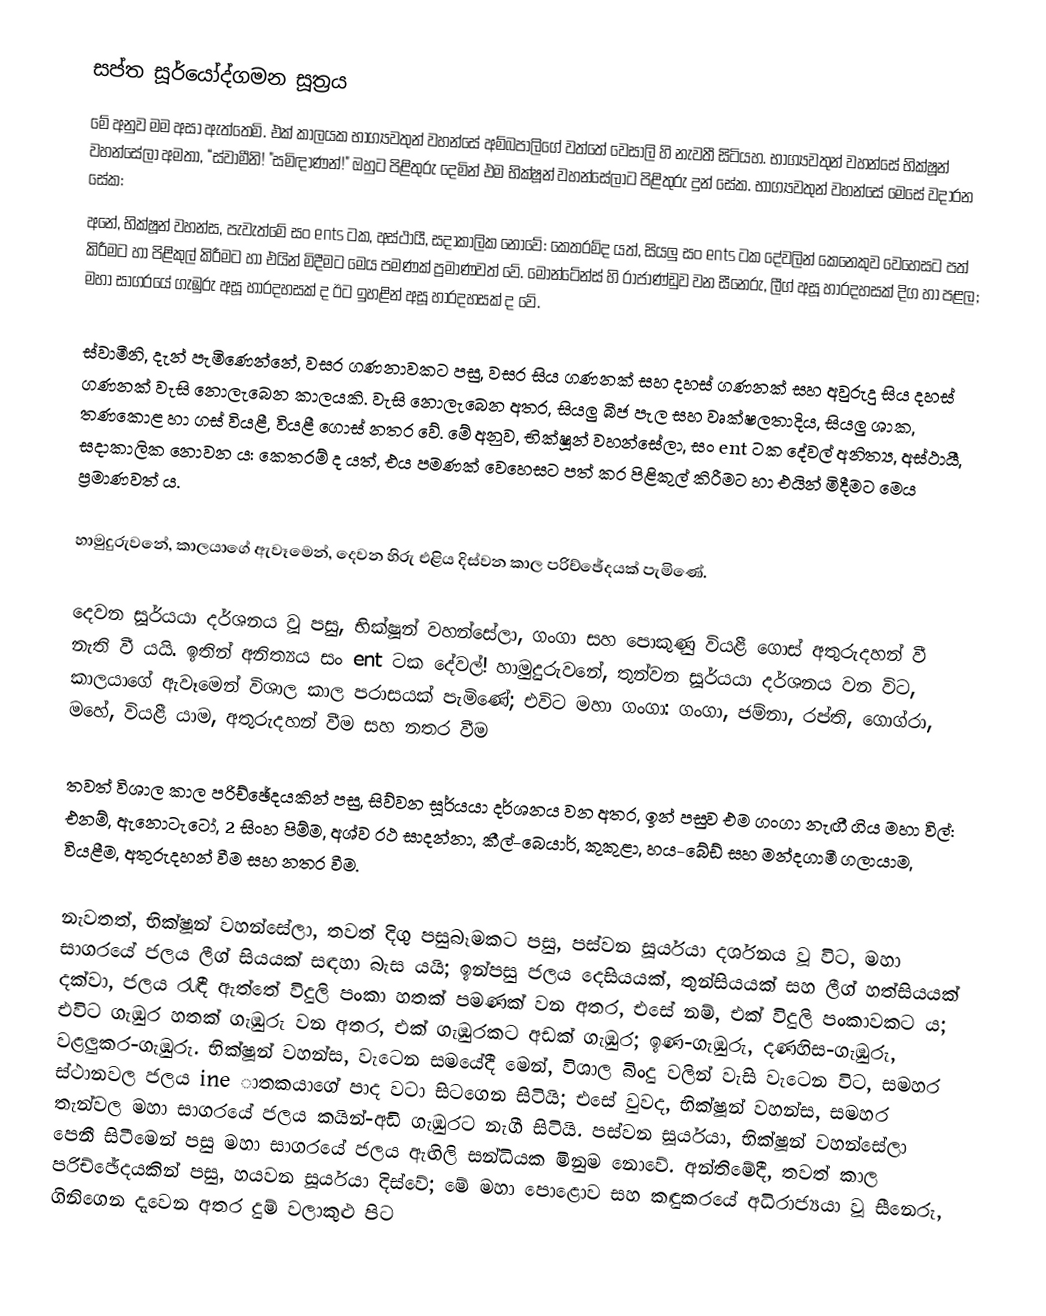
සප්ත සූර්යෝද්ගමන සූත්‍රය
මේ අනුව මම අසා ඇත්තෙමි.  එක් කාලයක භාග්‍යවතුන් වහන්සේ අම්බපාලිගේ වත්තේ වෙසාලි හි නැවතී සිටියහ.  භාග්‍යවතුන් වහන්සේ භික්ෂූන් වහන්සේලා අමතා, “ස්වාමීනි!  "සමිඳාණන්!"  ඔහුට පිළිතුරු දෙමින් එම භික්ෂූන් වහන්සේලාට පිළිතුරු දුන් සේක.  භාග්‍යවතුන් වහන්සේ මෙසේ වදාරන සේක:
අනේ, භික්ෂූන් වහන්ස, පැවැත්මේ සං ents ටක, අස්ථායී, සදාකාලික නොවේ: කෙතරම්ද යත්, සියලු සං ents ටක දේවලින් කෙනෙකුව වෙහෙසට පත් කිරීමට හා පිළිකුල් කිරීමට හා එයින් මිදීමට මෙය පමණක් ප්‍රමාණවත් වේ.  මොන්ටේන්ස් හි රාජාණ්ඩුව වන සීනෙරු, ලීග් අසූ හාරදහසක් දිග හා පළල;  මහා සාගරයේ ගැඹුරු අසූ හාරදහසක් ද ඊට ඉහළින් අසූ හාරදහසක් ද වේ.

ස්වාමීනි, දැන් පැමිණෙන්නේ, වසර ගණනාවකට පසු, වසර සිය ගණනක් සහ දහස් ගණනක් සහ අවුරුදු සිය දහස් ගණනක් වැසි නොලැබෙන කාලයකි.  වැසි නොලැබෙන අතර, සියලු බීජ පැල සහ වෘක්ෂලතාදිය, සියලු ශාක, තණකොළ හා ගස් වියළී, වියළී ගොස් නතර වේ.  මේ අනුව, භික්ෂූන් වහන්සේලා, සං ent ටක දේවල් අනිත්‍ය, අස්ථායී, සදාකාලික නොවන ය: කෙතරම් ද යත්, එය පමණක් වෙහෙසට පත් කර පිළිකුල් කිරීමට හා එයින් මිදීමට මෙය ප්‍රමාණවත් ය.

හාමුදුරුවනේ, කාලයාගේ ඇවෑමෙන්, දෙවන හිරු එළිය දිස්වන කාල පරිච්ඡේදයක් පැමිණේ.

දෙවන සූර්යයා දර්ශනය වූ පසු, භික්ෂූන් වහන්සේලා, ගංගා සහ පොකුණු වියළී ගොස් අතුරුදහන් වී නැති වී යයි.  ඉතින් අනිත්‍යය සං ent ටක දේවල්!  හාමුදුරුවනේ, තුන්වන සූර්යයා දර්ශනය වන විට, කාලයාගේ ඇවෑමෙන් විශාල කාල පරාසයක් පැමිණේ;  එවිට මහා ගංගා: ගංගා, ජම්නා, රප්ති, ගොග්රා, මහේ, වියළී යාම, අතුරුදහන් වීම සහ නතර වීම

තවත් විශාල කාල පරිච්ඡේදයකින් පසු, සිව්වන සූර්යයා දර්ශනය වන අතර, ඉන් පසුව එම ගංගා නැඟී ගිය මහා විල්: එනම්, ඇනොටැටෝ, 2 සිංහ පිම්ම, අශ්ව රථ සාදන්නා, කීල්-බෙයාර්, කුකුළා, හය-බේඩ් සහ  මන්දගාමී ගලායාම, වියළීම, අතුරුදහන් වීම සහ නතර වීම.

නැවතත්, භික්ෂූන් වහන්සේලා, තවත් දිගු පසුබෑමකට පසු, පස්වන සූර්යයා දර්ශනය වූ විට, මහා සාගරයේ ජලය ලීග් සියයක් සඳහා බැස යයි;  ඉන්පසු ජලය දෙසියයක්, තුන්සියයක් සහ ලීග් හත්සියයක් දක්වා, ජලය රැඳී ඇත්තේ විදුලි පංකා හතක් පමණක් වන අතර, එසේ නම්, එක් විදුලි පංකාවකට ය;  එවිට ගැඹුර හතක් ගැඹුරු වන අතර, එක් ගැඹුරකට අඩක් ගැඹුර;  ඉණ-ගැඹුරු, දණහිස-ගැඹුරු, වළලුකර-ගැඹුරු.  භික්ෂූන් වහන්ස, වැටෙන සමයේදී මෙන්, විශාල බිංදු වලින් වැසි වැටෙන විට, සමහර ස්ථානවල ජලය ine ාතකයාගේ පාද වටා සිටගෙන සිටියි;  එසේ වුවද, භික්ෂූන් වහන්ස, සමහර තැන්වල මහා සාගරයේ ජලය කයින්-අඩි ගැඹුරට නැගී සිටියි.  පස්වන සූර්යයා, භික්ෂූන් වහන්සේලා පෙනී සිටීමෙන් පසු මහා සාගරයේ ජලය ඇඟිලි සන්ධියක මිනුම නොවේ.  අන්තිමේදී, තවත් කාල පරිච්ඡේදයකින් පසු, හයවන සූර්යයා දිස්වේ;  මේ මහා පොළොව සහ කඳුකරයේ අධිරාජ්‍යයා වූ සීනෙරු, ගිනිගෙන දැවෙන අතර දුම් වලාකුළු පිට